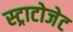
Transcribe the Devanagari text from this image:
स्ट्राटोजेट